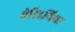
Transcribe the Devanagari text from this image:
ऐरिदमिया